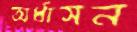
অর্ধাসন